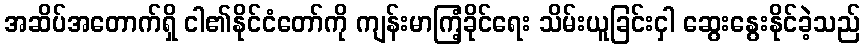
အဆိပ်အတောက်ရှိ ငါ၏နိုင်ငံတော်ကို ကျန်းမာကြံ့ခိုင်ရေး သိမ်းယူခြင်းငှါ ဆွေးနွေးနိုင်ခဲ့သည်